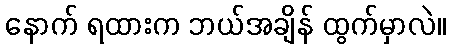
နောက် ရထားက ဘယ်အချိန် ထွက်မှာလဲ။